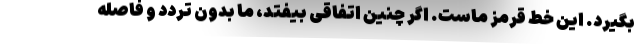
بگیرد. این خط قرمز ماست. اگر چنین اتفاقی بیفتد، ما بدون تردد و فاصله